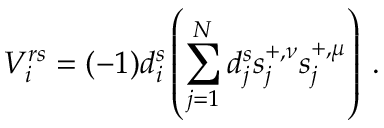
V _ { i } ^ { r s } = ( - 1 ) d _ { i } ^ { s } \left( \sum _ { j = 1 } ^ { N } d _ { j } ^ { s } s _ { j } ^ { + , \nu } s _ { j } ^ { + , \mu } \right) \: .